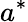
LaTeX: a^{*}